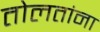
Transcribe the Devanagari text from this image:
तोलतांना